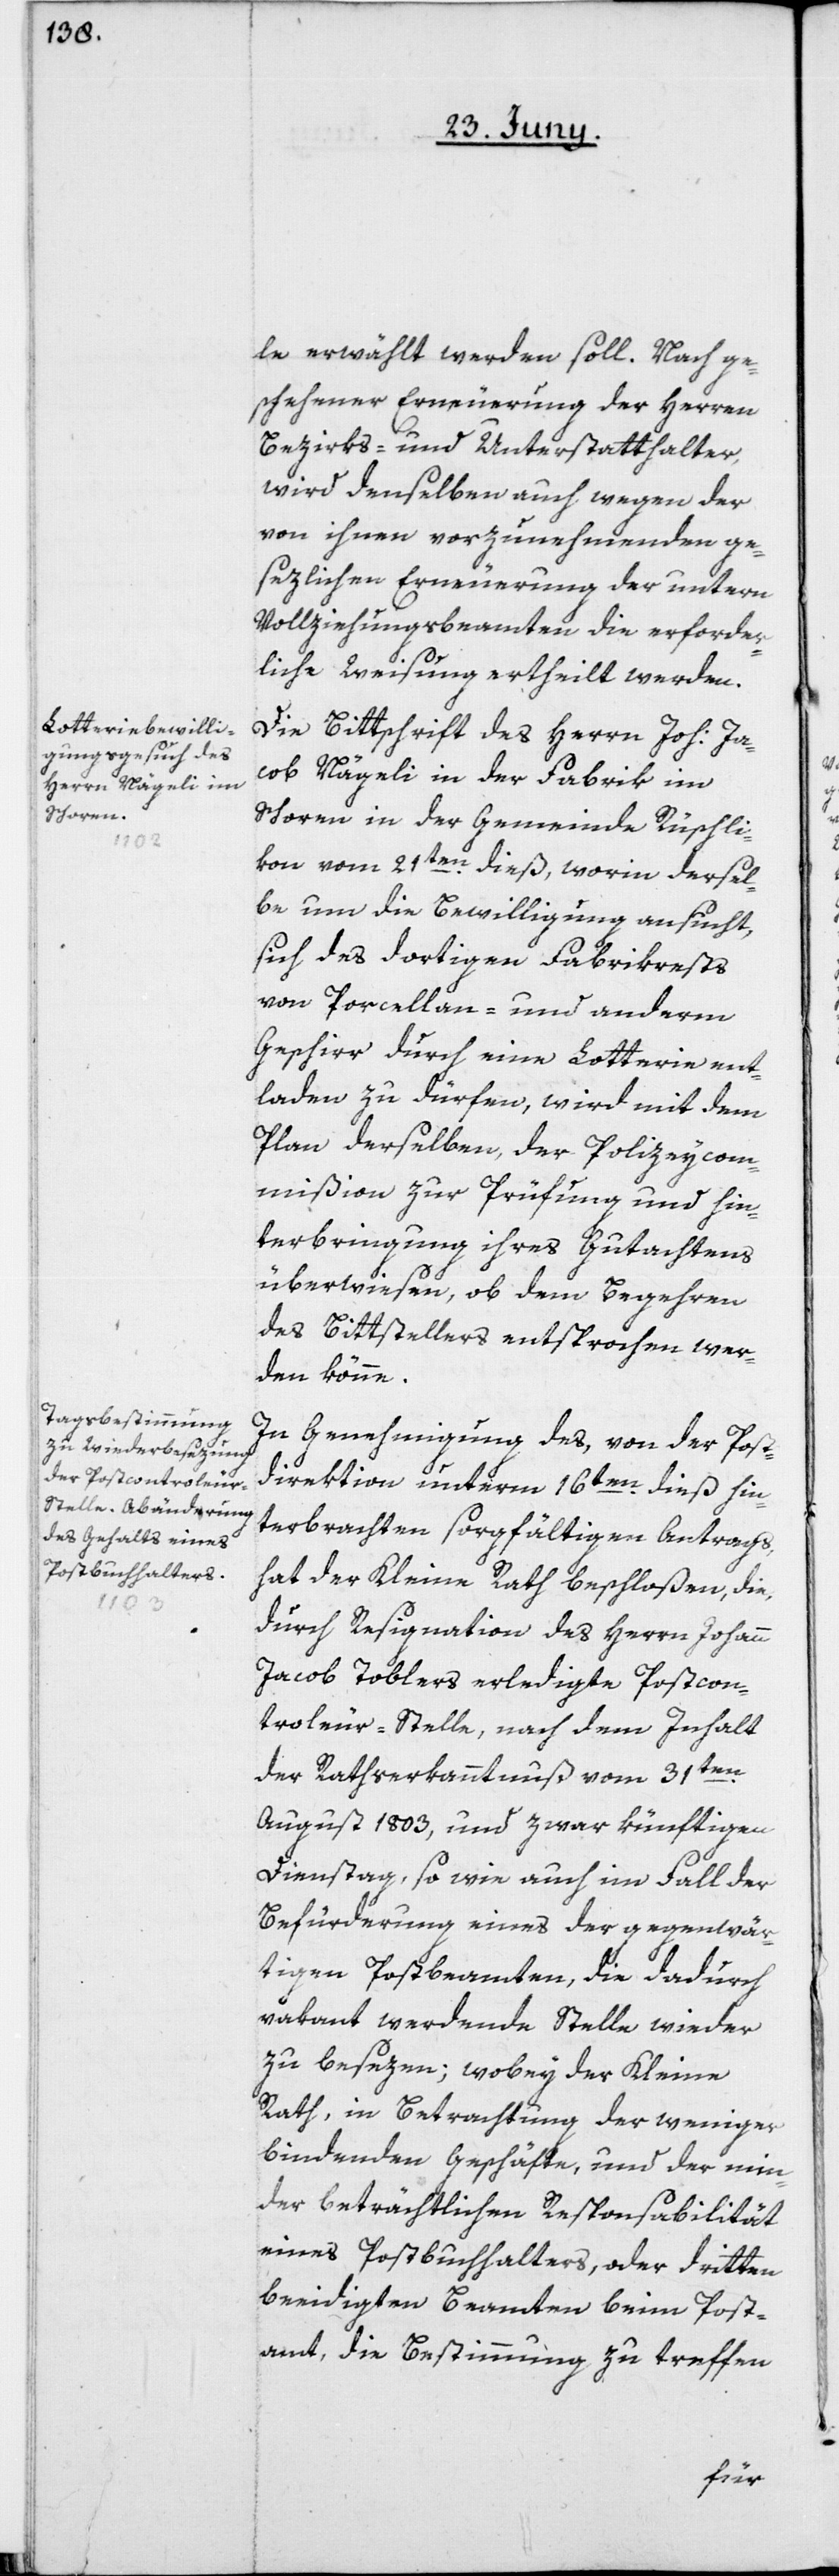
le erwählt werden soll. Nach ge¬
schehener Erneuerung der Herren
Bezirks- und Unterstatthalter,
wird denselben auch wegen der
von ihnen vorzunehmenden ge¬
sezlichen Erneuerung der untern
Vollziehungsbeamten die erforder¬
liche Weisung ertheilt werden.
Die Bittschrift des Herrn Joh: Ja¬
cob Nägeli in der Fabrik im
Schoren in der Gemeinde Rüschli¬
kon vom 21ten dieß, worin dersel¬
be um die Bewilligung ansucht,
sich des dortigen Fabrikrests
von Porcellan- und anderm
Geschirr durch eine Lotterie ent¬
laden zu dürfen, wird mit dem
Plan derselben, der Polizeycom¬
mißion zur Prüfung und Hin¬
terbringung ihres Gutachtens
überwiesen, ob dem Begehren
des Bittstellers entsprochen wer¬
den könne.
In Genehmigung des, von der Post¬
direktion unterm 16ten dieß hin¬
terbrachten sorgfältigen Antrags,
hat der Kleine Rath beschloßen, die,
durch Resignation des Herrn Johann
Jacob Toblers erledigte Postcon¬
troleur-Stelle, nach dem Inhalt
der Rathserkanntnuß vom 31ten
August 1803, und zwar künftigen
Dienstag, so wie auch im Fall der
Befürderung eines der gegenwär¬
tigen Postbeamten, die dadurch
vakant werdende Stelle wieder
zu besezen; wobey der Kleine
Rath, in Betrachtung der weniger
bindenden Geschäfte, und der min¬
der beträchtlichen Responsabilität
eines Postbuchhalters, oder dritten
beeidigten Beamten beim Post¬
amt; die Bestimmung zu treffen